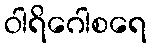
ဝါရိဂေါစရေ